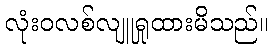
လုံးဝလစ်လျူရှုထားမိသည်။